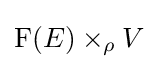
\mathrm {F} (E)\times _{\rho }V